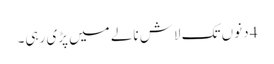
4 دنوں تک لاش نالے میں پڑی رہی۔